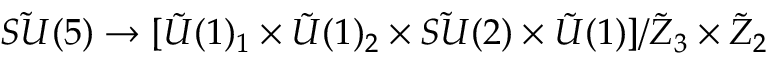
{ \tilde { S U } } ( 5 ) \rightarrow [ { \tilde { U } } ( 1 ) _ { 1 } \times { \tilde { U } } ( 1 ) _ { 2 } \times { \tilde { S U } } ( 2 ) \times { \tilde { U } } ( 1 ) ] / { \tilde { Z } } _ { 3 } \times { \tilde { Z } } _ { 2 } \nonumber